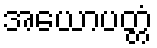
အယောပတ္တံ